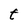
Character: t